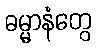
ဓမ္မာနံတွေ